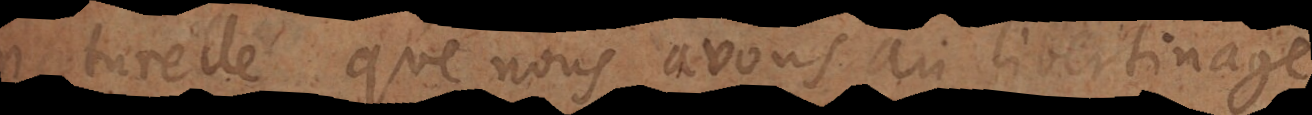
naturelle que nous avons au libertinag